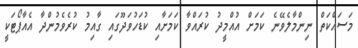
މަސައްކަތް ނިންމާލެވޭނެ ކަމަށް އުއްމީދު ކުރައްވާ ކަމަށާއި ކުޑަހުވަދޫގައި ގާއިމު ކުރެވެމުންދާ އެއާޕޯޓަކީ